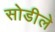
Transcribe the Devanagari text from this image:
सोडीले